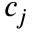
c _ { j }